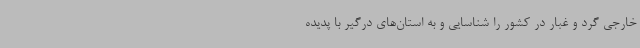
خارجی گرد و غبار در کشور را شناسایی و به استان‌های درگیر با پدیده